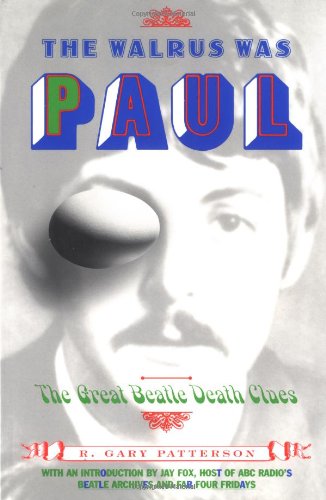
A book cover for The Walrus Was Paul: The Great Beatle Death Clues; R. Gary Patterson; Humor & Entertainment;